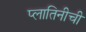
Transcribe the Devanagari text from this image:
प्लातिनीची